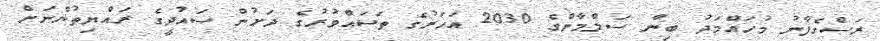
ރަސްގެފާނު މުހައްމަދު ބިން ސަލްމާންގެ 2030 އަހަރުގެ ތަސައްވުރުގެ ދަށުން ސައުދީގެ ރައްޔިތުންނަށް